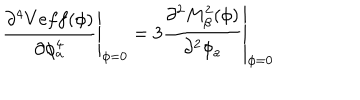
\left. \frac { \partial ^ { 4 } V e f f ( \phi ) } { \partial \phi _ { a } ^ { 4 } } \right| _ { \phi = 0 } = \left. 3 \frac { \partial ^ { 2 } M _ { \beta } ^ { 2 } ( \phi ) } { \partial ^ { 2 } \phi _ { a } } \right| _ { \phi = 0 }